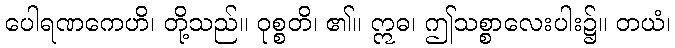
ပေါရဏကေဟိ၊ တို့သည်။ ဝုစ္စတိ၊ ၏။ ဣဓ၊ ဤသစ္စာလေးပါး၌။ တယံ၊